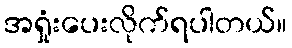
အရှုံးပေးလိုက်ရပါတယ်။